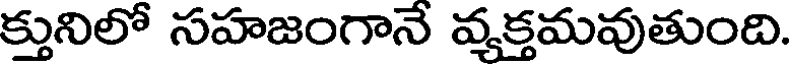
క్తునిలో సహజంగానే వ్యక్తమవుతుంది.